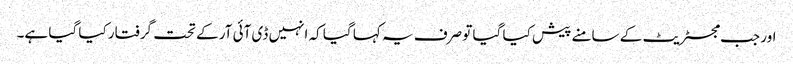
اور جب مجسٹریٹ کے سامنے پیش کیا گیا تو صرف یہ کہا گیا کہ انہیں ڈی آئی آر کے تحت گرفتار کیا گیا ہے۔